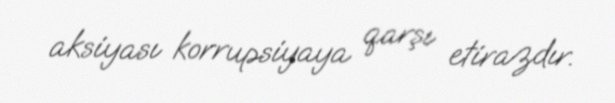
aksiyası korrupsiyaya qarşı etirazdır.